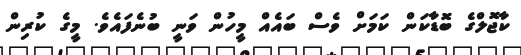
ކާޖޮލްގެ ބޮޑާކަން ކަމަށް ވެސް ބައެއް މީހުން ވަނީ ބުނެފައެވެ. މީގެ ކުރިން